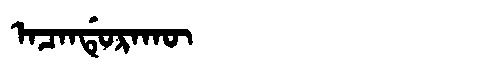
Manchu: ᠠᠴᠠᠨᡩᡠᡵᠠᡴᡡ
Romanization: ACANDURAKŪ